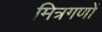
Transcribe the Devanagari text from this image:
मित्रगणों